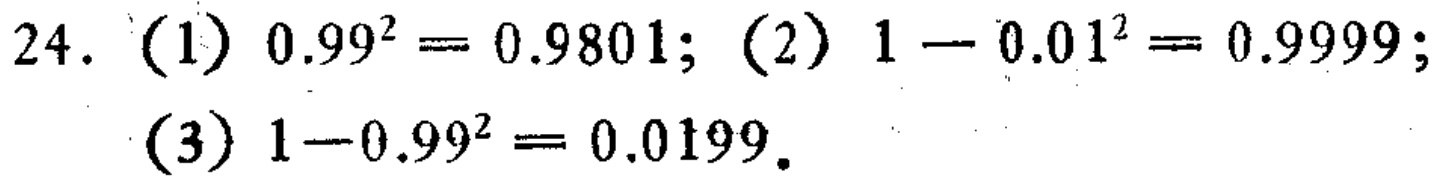
24. (1) \(0.99^{2}=0.9801\); (2) \(1 - 0.01^{2}=0.9999\);

(3) \(1 - 0.99^{2}=0.0199\).